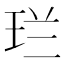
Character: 𮴌